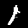
Label: 1